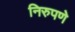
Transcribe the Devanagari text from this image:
निरुपणे